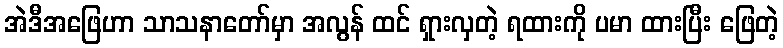
အဲဒီအဖြေဟာ သာသနာတော်မှာ အလွန် ထင် ရှားလှတဲ့ ရထားကို ပမာ ထားပြီး ဖြေတဲ့